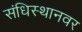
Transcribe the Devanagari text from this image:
संधिस्थानवर